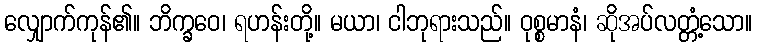
လျှောက်ကုန်၏။ ဘိက္ခဝေ၊ ရဟန်းတို့။ မယာ၊ ငါဘုရားသည်။ ဝုစ္စမာနံ၊ ဆိုအပ်လတ္တံ့သော။